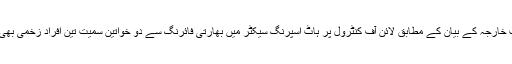
وزارت خارجہ کے بیان کے مطابق لائن آف کنٹرول پر ہاٹ اسپرنگ سیکٹر میں بھارتی فائرنگ سے دو خواتین سمیت تین افراد زخمی بھی ہوئے۔